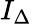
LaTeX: I_{\Delta}